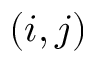
( i , j )